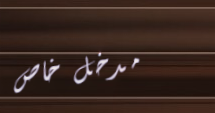
مدخل خاص